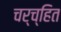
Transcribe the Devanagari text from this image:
चर्च्हित